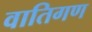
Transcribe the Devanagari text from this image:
वातिगण